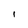
Character: l